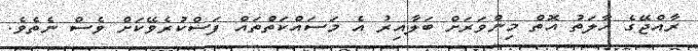
ރާއްޖޭގެ ހާލަތު އޮތް މިންވަރަށް ބަލާއިރު އެ މަސައްކަތްތައް ފަސްކުރެވޭކަށް ވެސް ނެތެވެ.